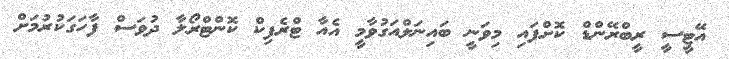
އޭޓީސީ ރީބްރޭންޑް ކޮށްފައި މިވަނީ ބައިނަލްއަގުވާމީ އެއާ ޓްރެފިކް ކޮންޓްރޯލާ ދުވަސް ފާހަގަކުރުމަށް